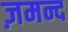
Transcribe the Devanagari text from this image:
ज़मन्द